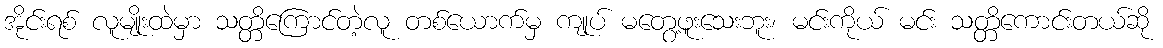
အိုင်းရစ် လူမျိုးထဲမှာ သတ္တိကြောင်တဲ့လူ တစ်ယောက်မှ ကျုပ် မတွေ့ဖူးသေးဘူး၊ မင်းကိုယ် မင်း သတ္တိကောင်းတယ်ဆို